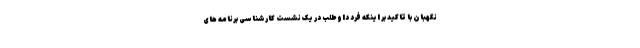
نگهبان با تاکید بر اینکه فرد داوطلب در یک نشست کارشناسی برنامه های